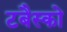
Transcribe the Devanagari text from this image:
टबैस्को